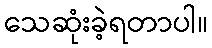
သေဆုံးခဲ့ရတာပါ။